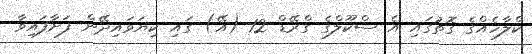
ކްލާހެއްގެ ގޮތުގައި އެ ސްކޫލްގެ ގްރޭޑް 12 (އޭ) ގައި ކިޔަވައިދޭން ފަށާފައިވާ